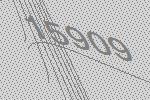
15909